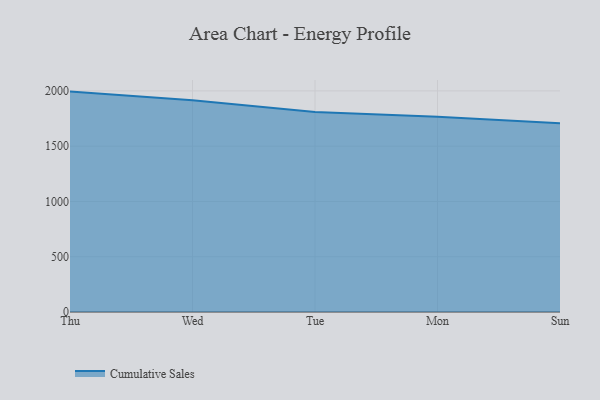
{"axis": {"x": "Day", "y": "Net Income (USD K)"}, "legend": ["Cumulative Sales"], "data": [{"x": "Thu", "y": 1993.6, "type": "Cumulative Sales"}, {"x": "Wed", "y": 1914.5, "type": "Cumulative Sales"}, {"x": "Tue", "y": 1808.0, "type": "Cumulative Sales"}, {"x": "Mon", "y": 1765.2, "type": "Cumulative Sales"}, {"x": "Sun", "y": 1707.6, "type": "Cumulative Sales"}]}